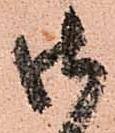
御